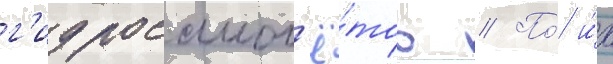
г'идросамол'ё́тов // По́ и́х